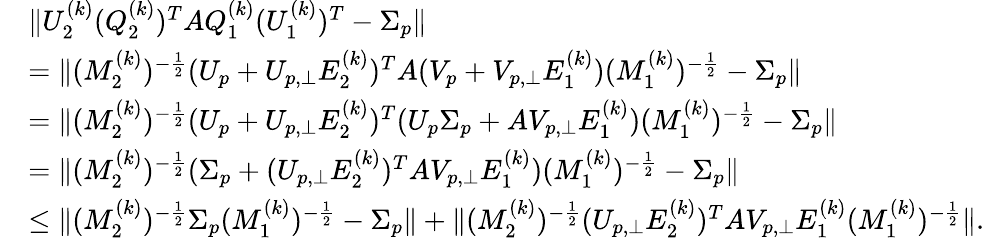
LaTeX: \begin{array}{rl}&{\| U_{2}^{(k)}(Q_{2}^{(k)})^{T}AQ_{1}^{(k)}(U_{1}^{(k)})^{T}-\Sigma_{p}\| }\\ &{=\| (M_{2}^{(k)})^{-\frac{1}{2}}(U_{p}+U_{p,\perp}E_{2}^{(k)})^{T}A(V_{p}+V_{p,\perp}E_{1}^{(k)})(M_{1}^{(k)})^{-\frac{1}{2}}-\Sigma_{p}\| }\\ &{=\| (M_{2}^{(k)})^{-\frac{1}{2}}(U_{p}+U_{p,\perp}E_{2}^{(k)})^{T}(U_{p}\Sigma_{p}+AV_{p,\perp}E_{1}^{(k)})(M_{1}^{(k)})^{-\frac{1}{2}}-\Sigma_{p}\| }\\ &{=\| (M_{2}^{(k)})^{-\frac{1}{2}}(\Sigma_{p}+(U_{p,\perp}E_{2}^{(k)})^{T}AV_{p,\perp}E_{1}^{(k)})(M_{1}^{(k)})^{-\frac{1}{2}}-\Sigma_{p}\| }\\ &{\leq\| (M_{2}^{(k)})^{-\frac{1}{2}}\Sigma_{p}(M_{1}^{(k)})^{-\frac{1}{2}}-\Sigma_{p}\| +\| (M_{2}^{(k)})^{-\frac{1}{2}}(U_{p,\perp}E_{2}^{(k)})^{T}AV_{p,\perp}E_{1}^{(k)}(M_{1}^{(k)})^{-\frac{1}{2}}\| .}\end{array}